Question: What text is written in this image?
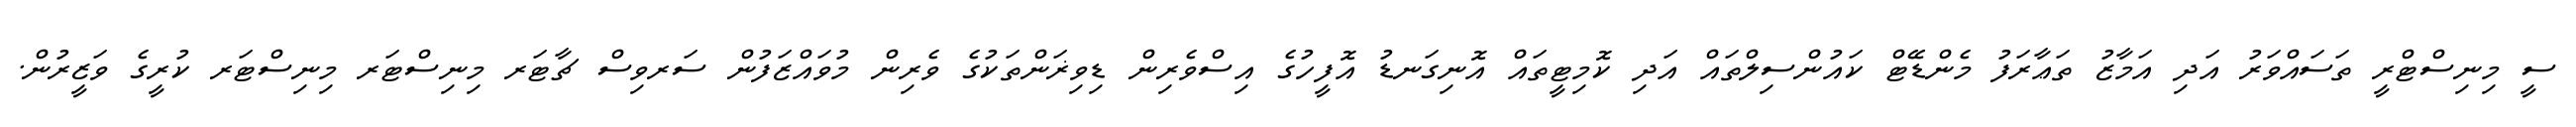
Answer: ސީ މިނިސްޓްރީ ތަސައްވަރު އަދި އަމާޒު ތަޢާރަފު މެންޑޭޓް ކައުންސިލްތައް އަދި ކޮމިޓީތައް އޮނިގަނޑު އޮފީހުގެ އިސްވެރިން ޑިވިޜަންތަކުގެ ވެރިން މުވައްޒަފުން ސަރވިސް ޗާޓަރ މިނިސްޓަރ މިނިސްޓަރ ކުރީގެ ވަޒީރުން.